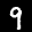
Label: 9